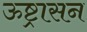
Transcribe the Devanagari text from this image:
ऊष्ट्रासन